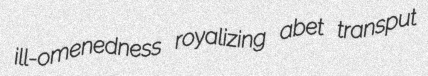
ill-omenedness royalizing abet transput